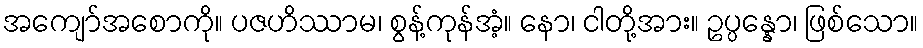
အကျော်အစောကို။ ပဇဟိဿာမ၊ စွန့်ကုန်အံ့။ နော၊ ငါတို့အား။ ဥပ္ပန္နော၊ ဖြစ်သော။